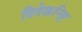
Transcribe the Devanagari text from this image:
विवेकनिष्ट